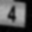
Digit: 4